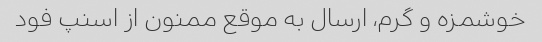
خوشمزه و گرم، ارسال به موقع ممنون از اسنپ فود